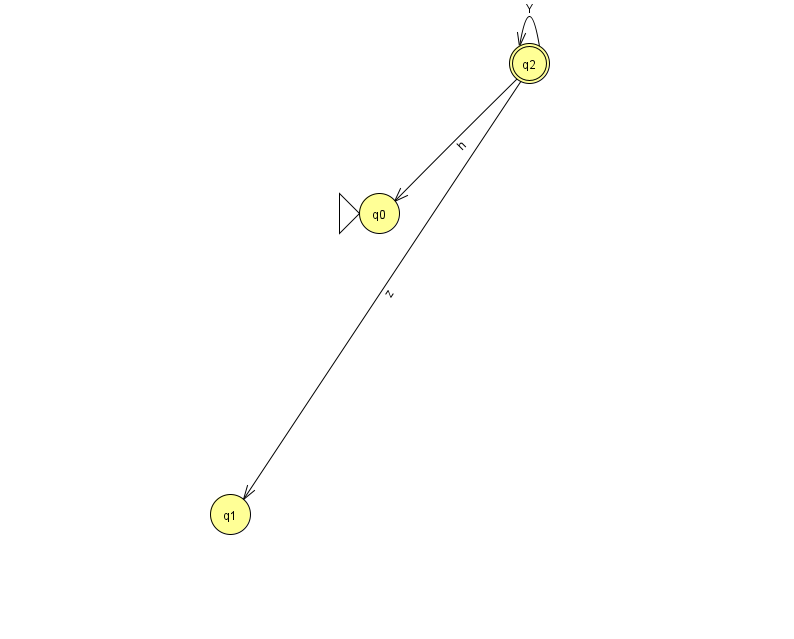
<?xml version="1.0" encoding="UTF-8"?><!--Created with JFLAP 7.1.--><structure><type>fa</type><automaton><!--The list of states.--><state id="0" name="q0"><x>379.0</x><y>200.0</y><initial/></state><state id="1" name="q1"><x>230.0</x><y>501.0</y></state><state id="2" name="q2"><x>529.0</x><y>50.0</y><final/></state><!--The list of transitions.--><transition><from>2</from><to>2</to><read>Y</read></transition><transition><from>2</from><to>0</to><read>h</read></transition><transition><from>2</from><to>1</to><read>z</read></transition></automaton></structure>